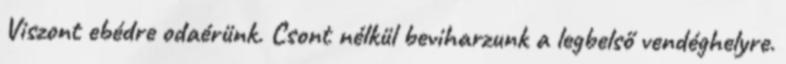
Viszont ebédre odaérünk. Csont nélkül beviharzunk a legbelső vendéghelyre.